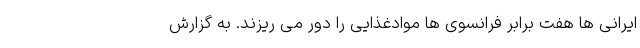
ایرانی ها هفت برابر فرانسوی ها موادغذایی را دور می ریزند. به گزارش